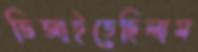
ভিজাইতেছিলাম